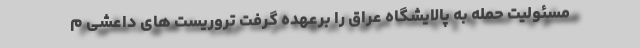
مسئولیت حمله به پالایشگاه عراق را برعهده گرفت تروریست های داعشی م